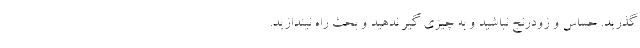
گذرید. حساس و زودرنج نباشید و به چیزی گیر ندهید و بحث راه نیندازید.